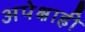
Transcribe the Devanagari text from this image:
अपेक्षाही